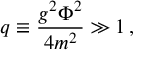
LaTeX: q \equiv \frac { g ^ { 2 } \Phi ^ { 2 } } { 4 m ^ { 2 } } \gg 1 \, ,